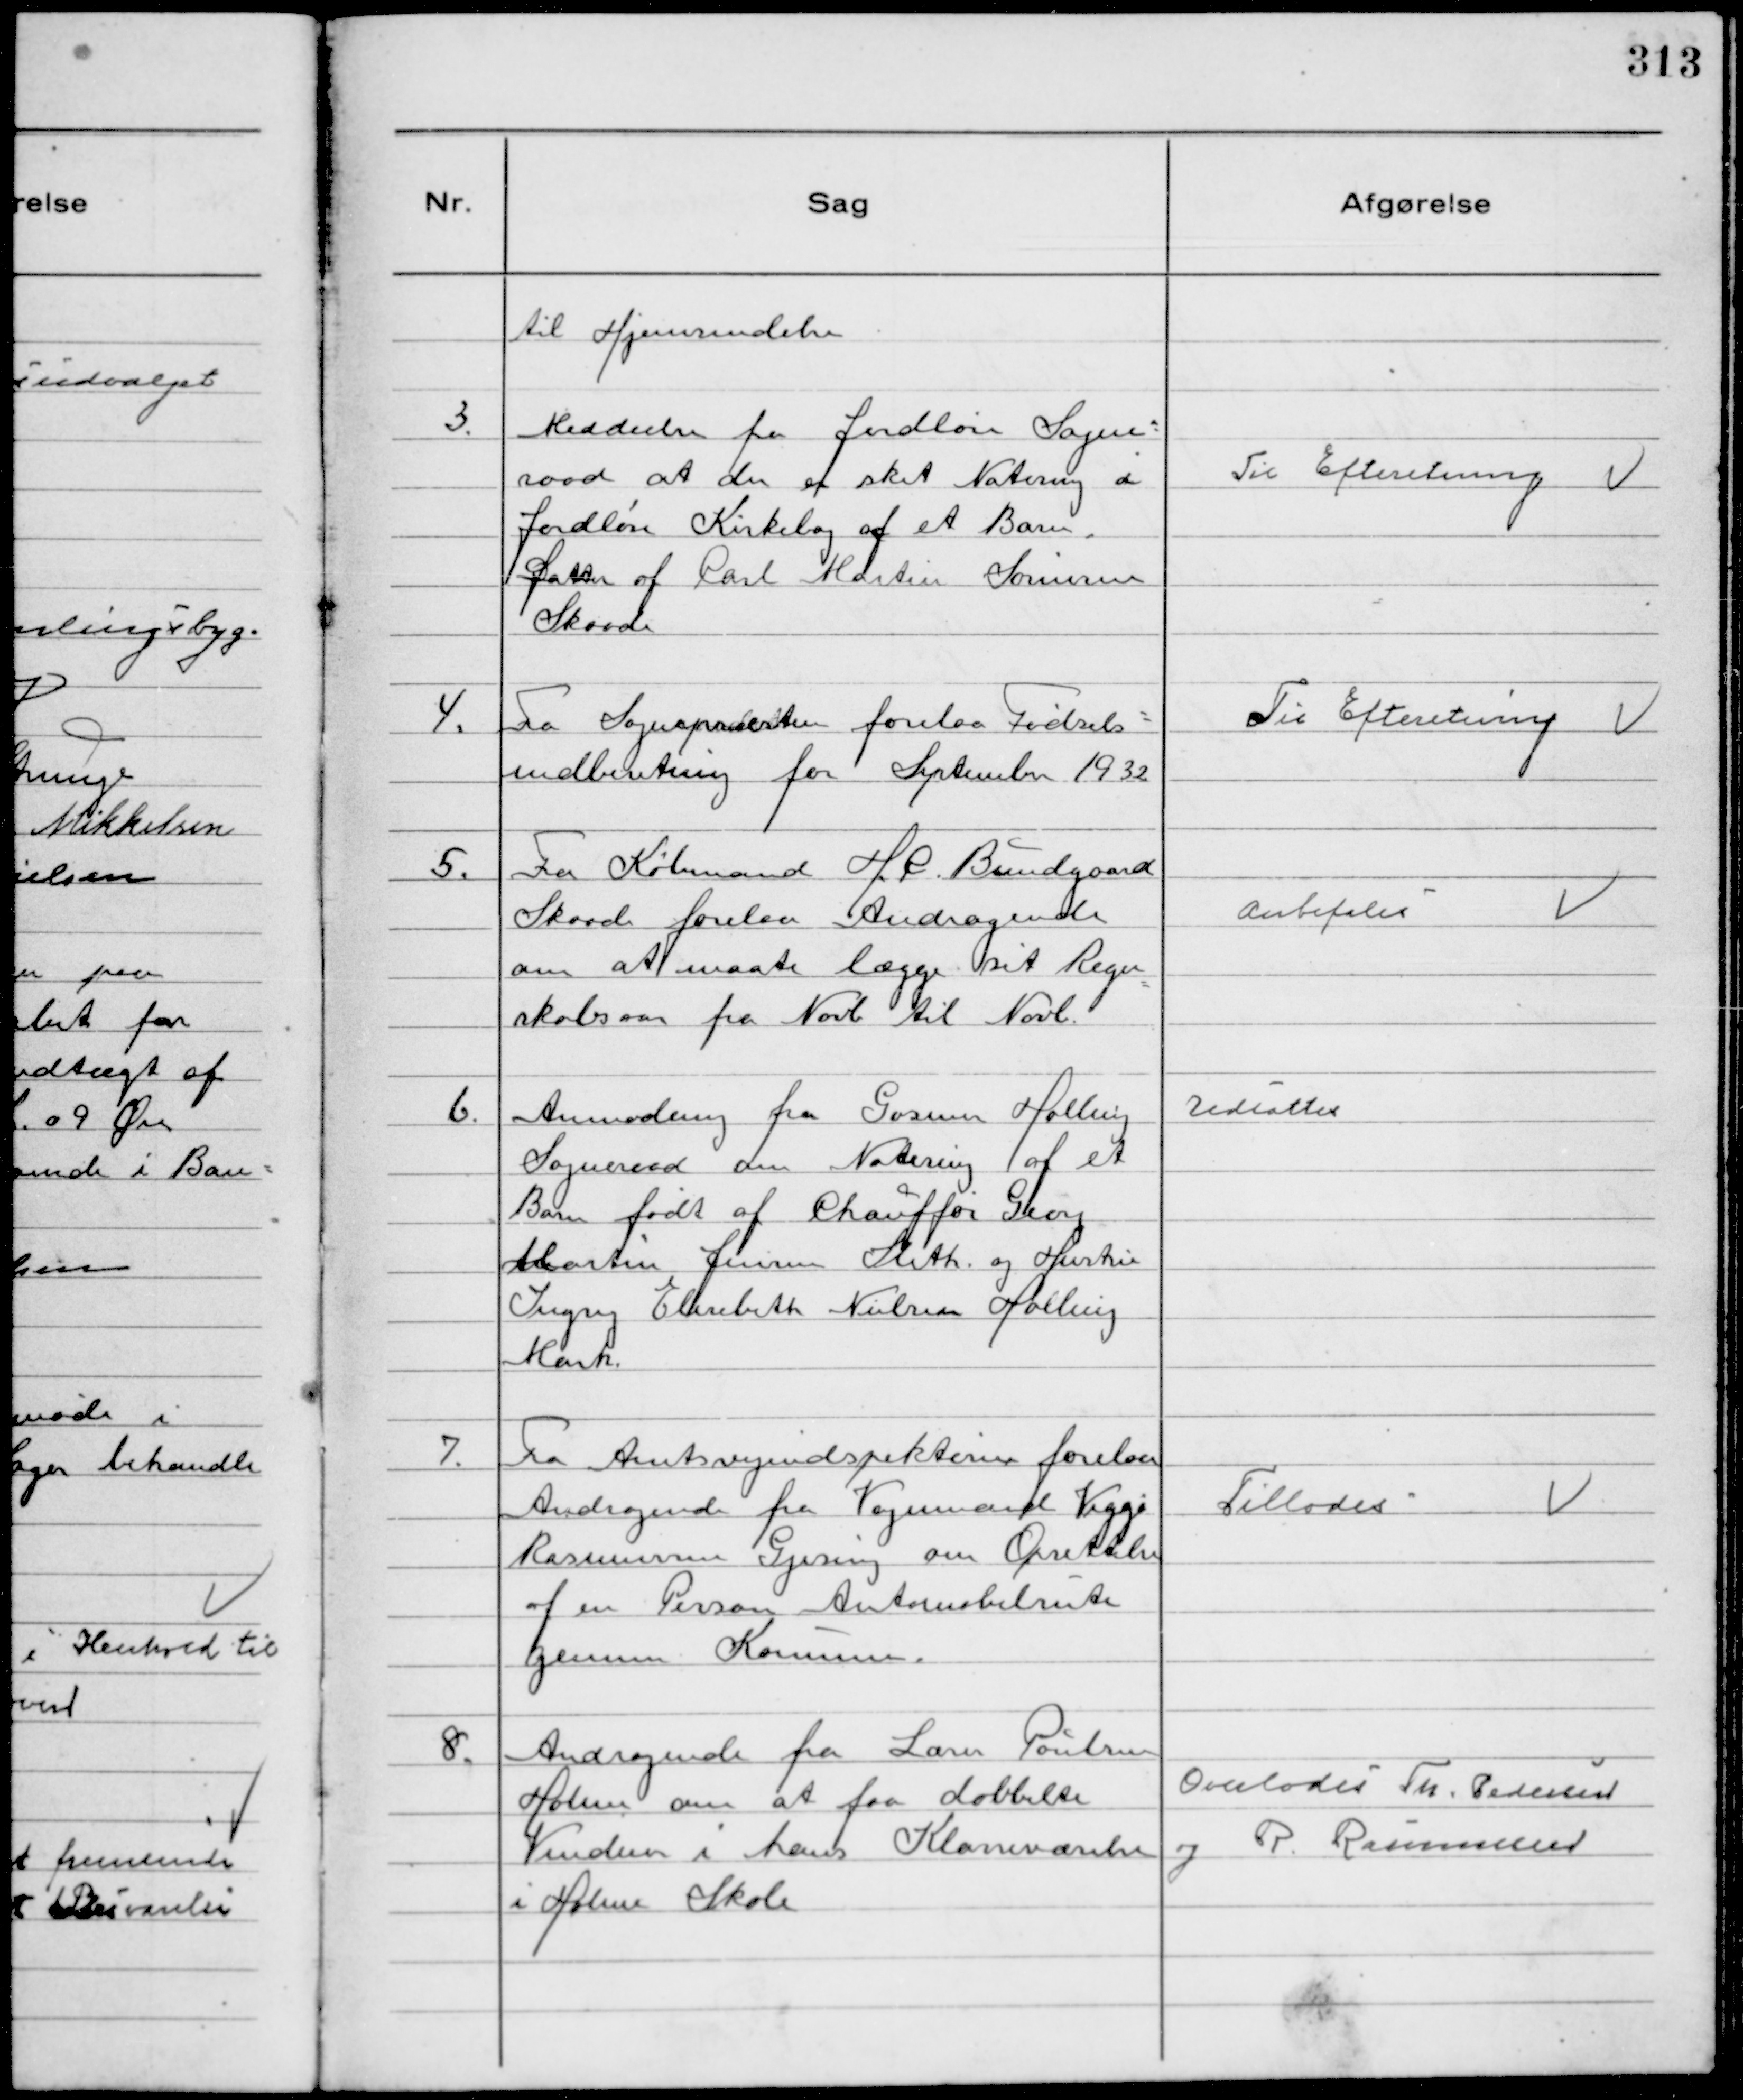
Transskription:
til Hjemsendelse

3.
Meddeelse fra Jordløse Sogne-
raad at der er sket Notering i
Jordløse Kirkebog af et Barn.
Datter af Carl Martin Sørensen
Skaade

Til Efteretning

4.
Fra Sognepræsten forelaa Fødsels-
indberetning for September 1932

Til Efteretning

5.
Fra Købmand H. C. Bundgaard
Skaade forelaa Andragende
om at maate lægge sit Regn
skabsaar fra Novb. til Novb.

Anbefales

6.
Anmodning fra Gosmer Halling
Sogneraad om Notering af et
Barn født af Chauffør Georg
Martin Jensen Sleth og Hustru
Ingrig Elisabeth Nielsen Halling
Mark.

Udsattes

7.
Fra Amtsvejindspektøren forelaa
Andragende fra Vognmand Viggo
Rasmussen Gjesing om Oprettelse
af en Person Automobilrute
gennem Kommunen.

Tillodes

8.
Andragende fra Lærer Poulsen
Holme om at faa dobbelte
Vinduer i hans Klasseværelse
i Holme Skole

Overlodes Th. Pedersen
og R. Rasmussen